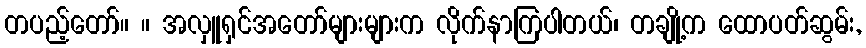
တပည့်တော်။ ။ အလှူရှင်အတော်များများက လိုက်နာကြပါတယ်၊ တချို့က ထောပတ်ဆွမ်း,